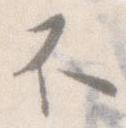
不